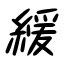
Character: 緩